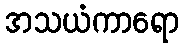
အသယံကာရော